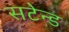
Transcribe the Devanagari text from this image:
सटेन्ड